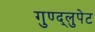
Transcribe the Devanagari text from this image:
गुण्द्लुपेट